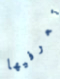
تعرفيها